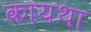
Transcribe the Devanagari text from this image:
कायथा